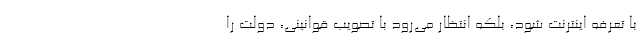
با تعرفه اینترنت شود، بلکه انتظار می‌رود با تصویب قوانینی، دولت را